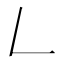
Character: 𠃋